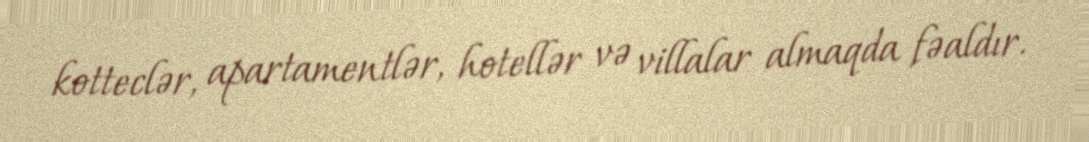
kotteclər, apartamentlər, hotellər və villalar almaqda fəaldır.